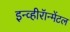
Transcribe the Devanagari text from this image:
इन्व्हीरॅान्मेंटल